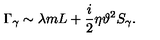
\Gamma _ { \gamma } \sim \lambda m L + \frac { i } { 2 } \eta \vartheta ^ { 2 } S _ { \gamma } .